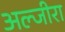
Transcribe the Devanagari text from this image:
अल्जीरा